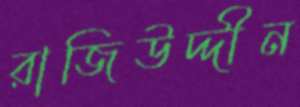
রাজিউদ্দীন